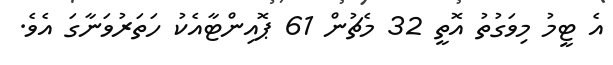
އެ ޓީމު މިވަގުތު އޮތީ 32 މެޗުން 61 ޕޮއިންޓާއެކު ހަތަރުވަނާގަ އެވެ.